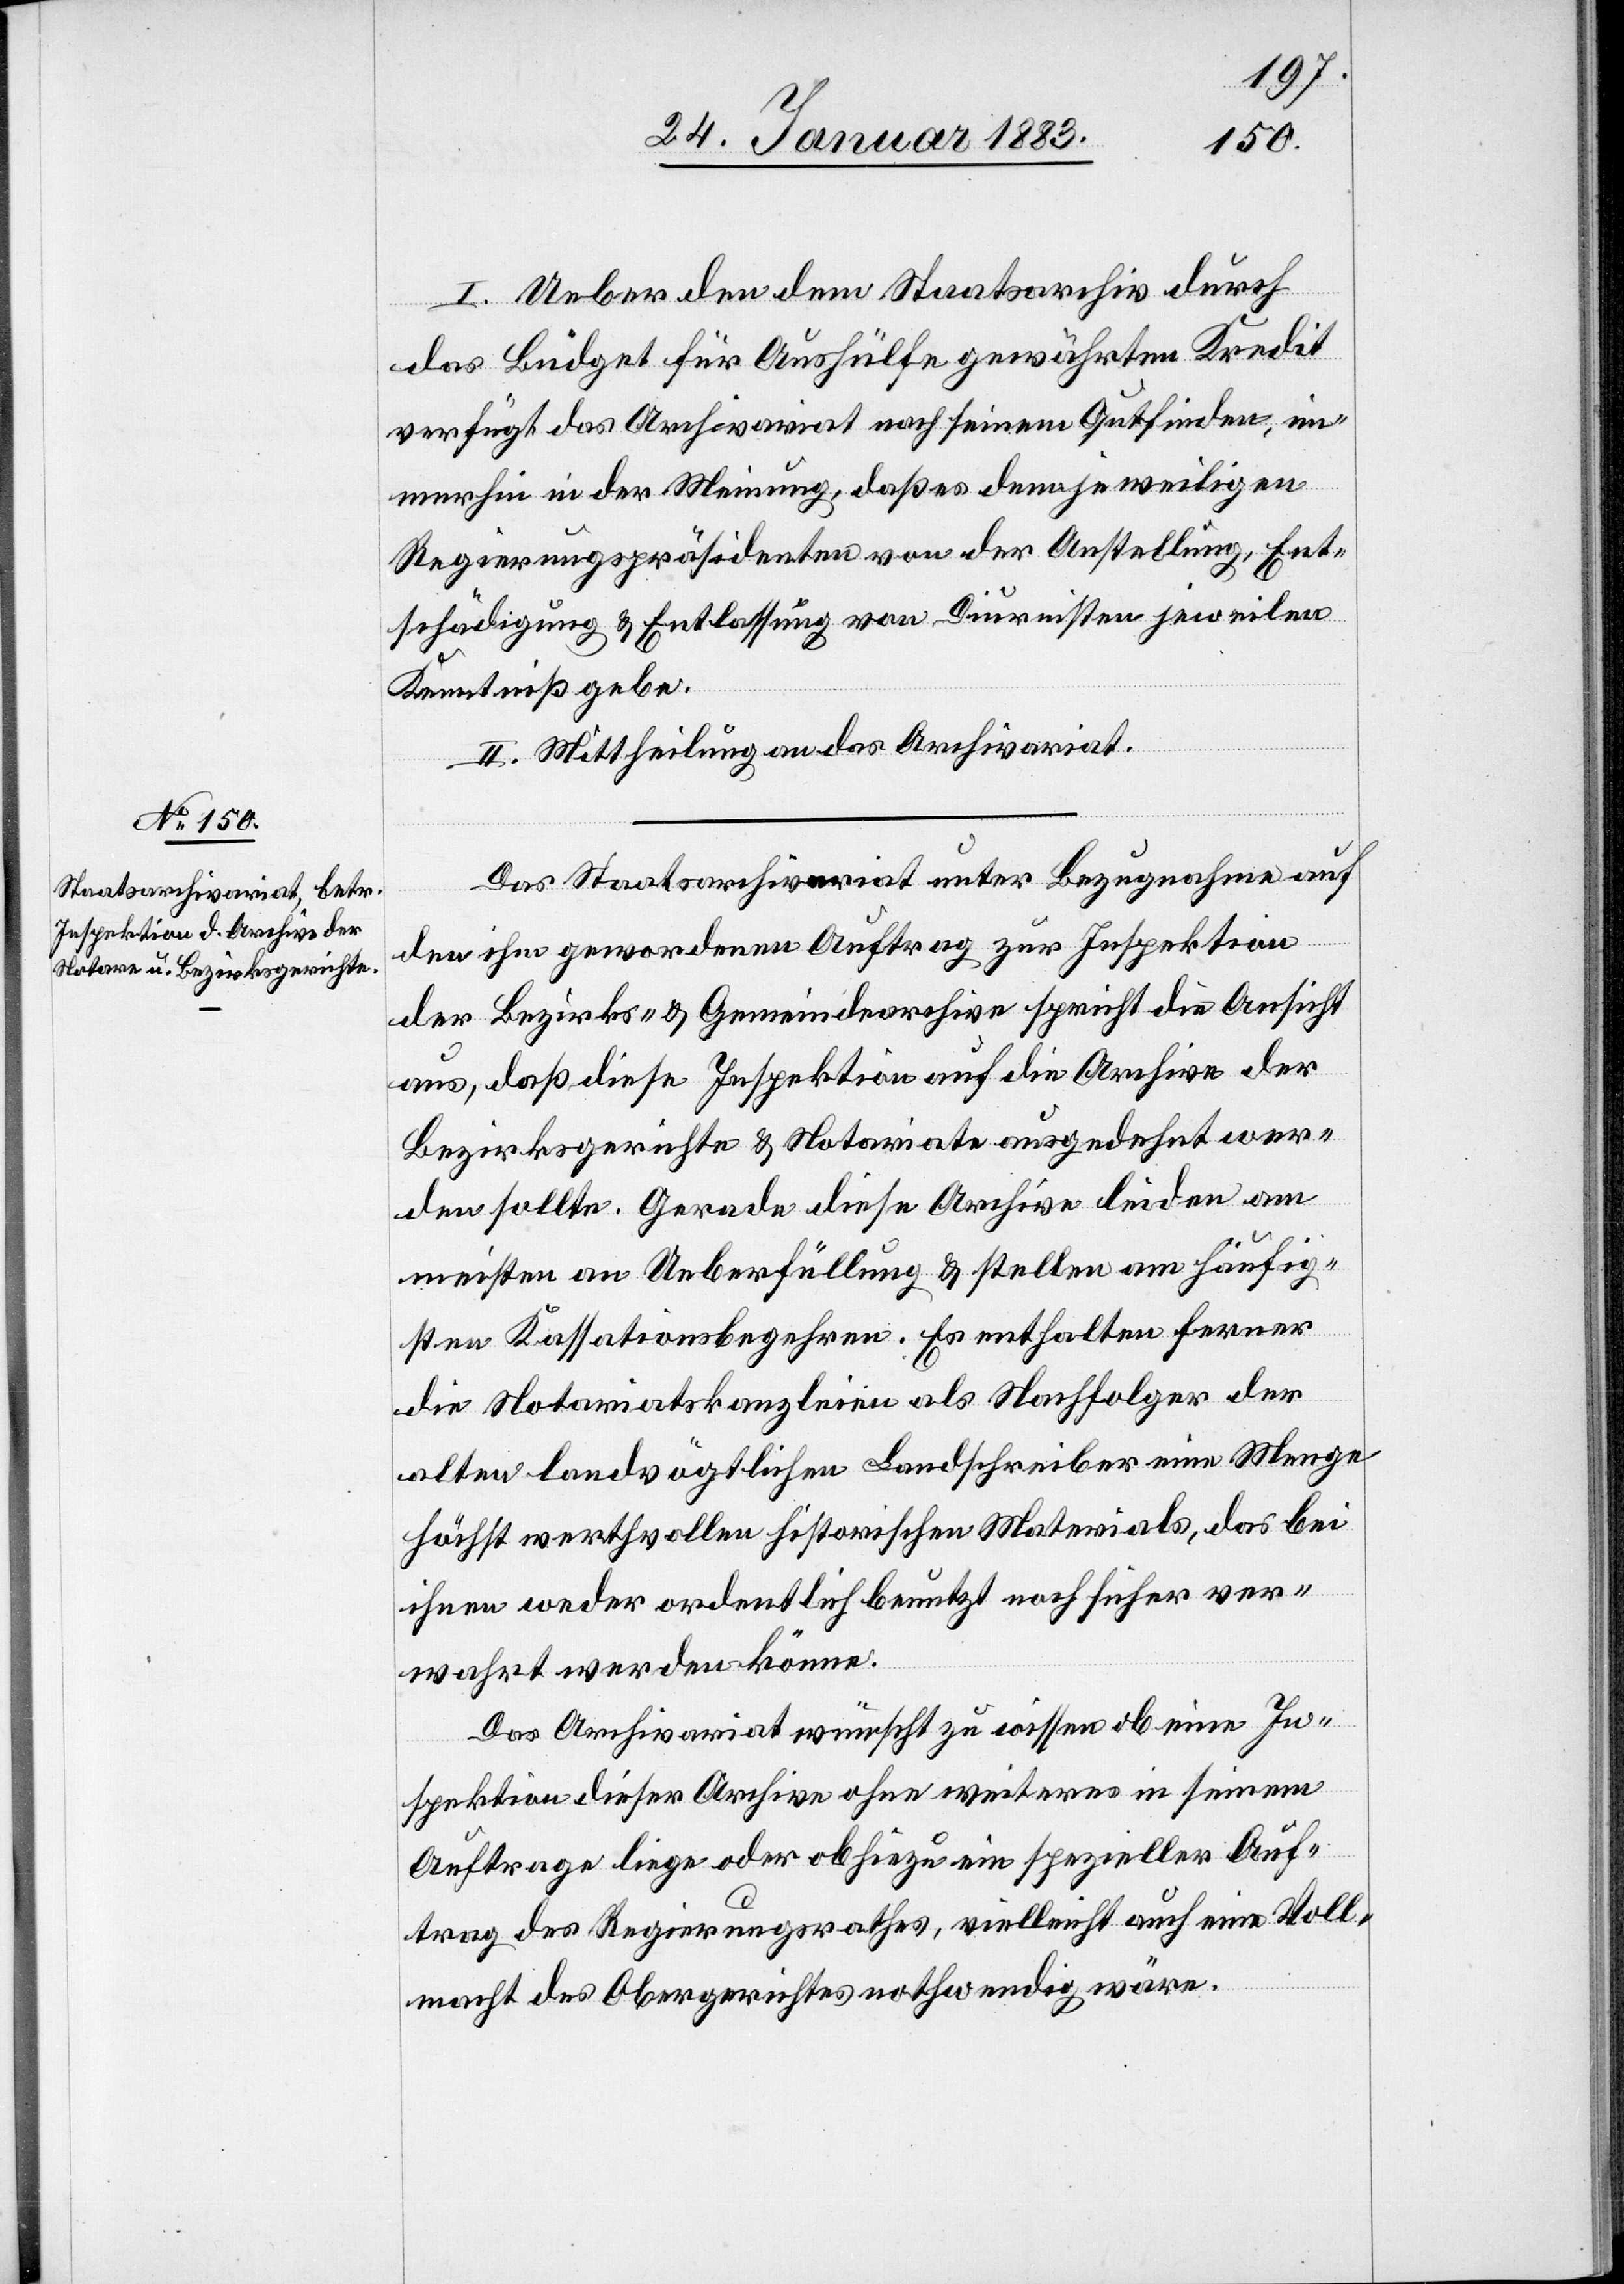
24. Januar 1883.]
I. Ueber den dem Staatsarchiv durch
das Büdget für Aushülfe gewährten Kredit
verfügt das Archivariat nach seinem Gutfinden, im¬
merhin in der Meinung, daß es dem jeweiligen
Regierungspräsidenten von der Anstellung, Ent¬
schädigung & Entlassung von Diensten jeweilen
Kenntniß gebe.
II. Mittheilung an das Archivariat.
Das Staatsarchivariat unter Bezugnahme auf
den ihm gewordenen Auftrag zur Inspektion
der Bezirks- & Gemeindearchive spricht die Ansicht
aus, daß diese Inspektion auf die Archive der
Bezirksgerichte & Notariate ausgedehnt wer¬
den sollte. Gerade diese Archive leiden am
meisten an Ueberfüllung & stellen am häufig¬
sten Kassationsbegehren. Es enthalten ferner
die Notariatskanzleien als Nachfolger der
alten landvögtlichen Landschreiber eine Menge
höchst werthvollen historischen Materials, das bei
ihnen weder ordentlich benutzt noch sicher ver¬
wahrt werden könne.
Das Archivariat wünscht zu wissen ob eine In¬
spektion dieser Archive ohne weiteres in seinem
Auftrage liege oder ob hiezu ein spezieller Auf¬
trag des Regierungsrathes, vielleicht auch eine Voll¬
macht des Obergerichtes nothwendig wäre.